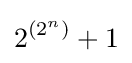
2^{\left(2^{n}\right)}+1